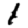
Digit: 1